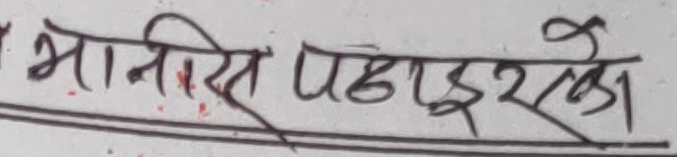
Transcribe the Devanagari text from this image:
भानेस पठाईरका